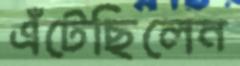
এঁটেছিলেন